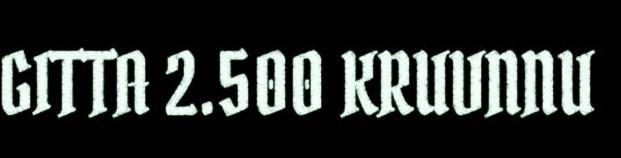
GITTA 2.500 KRUVNNU